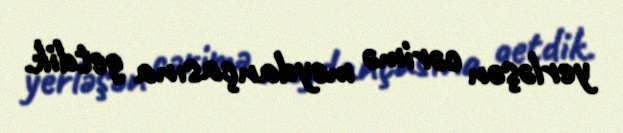
yerləşən cərimə meydançasına getdik.